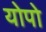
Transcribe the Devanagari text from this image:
योपो